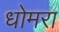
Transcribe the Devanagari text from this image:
धोमरा